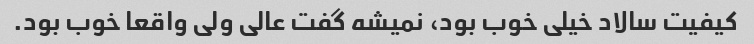
کیفیت سالاد خیلی خوب بود، نمیشه گفت عالی ولی واقعا خوب بود.